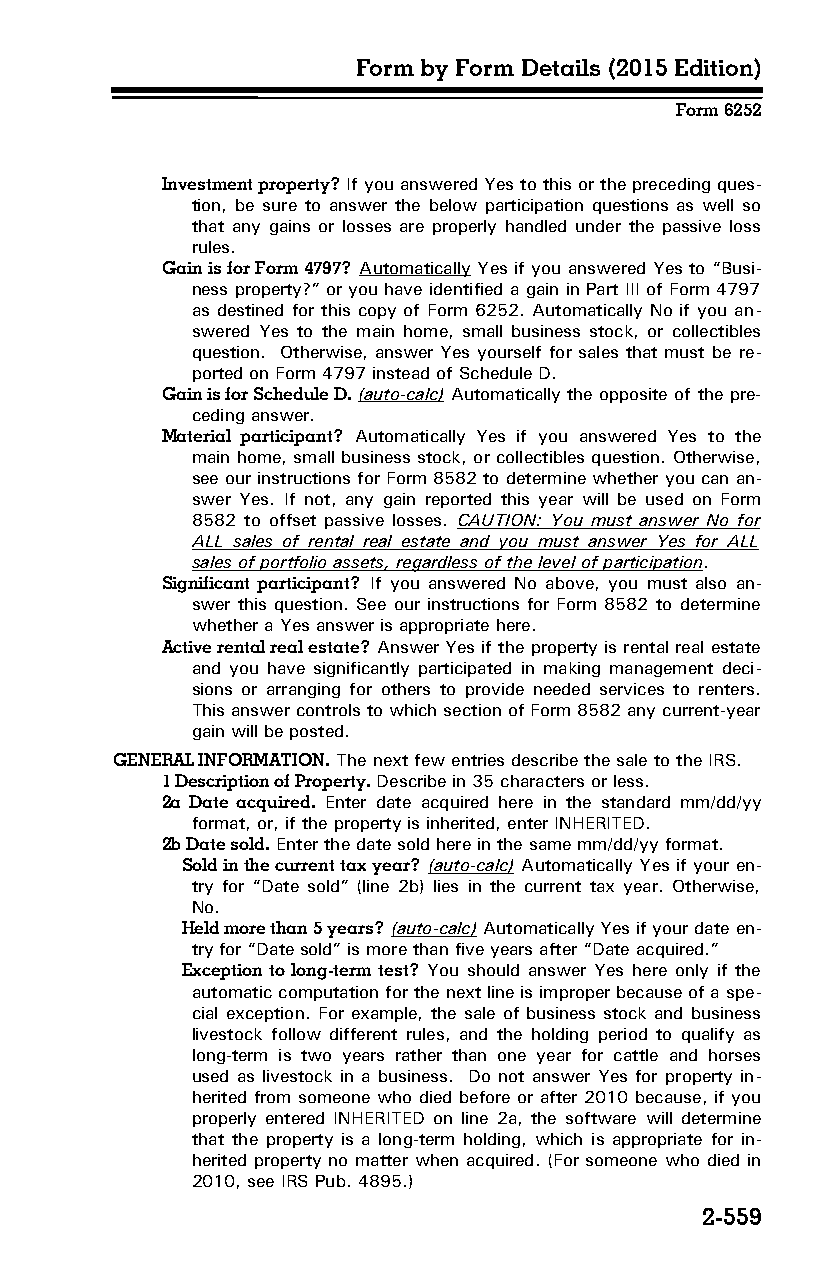
Form by Form Details (2015 Edition)
 Form 6252
 Investment property? If you answered Yes to this or the preceding ques­
 tion, be sure to answer the below participation questions as well so
 that any gains or losses are properly handled under the passive loss
 rules.
 Gain is for Form 4797? Automatically Yes if you answered Yes to “Busi­
 ness property?” or you have identified a gain in Part III of Form 4797
 as destined for this copy of Form 6252. Automatically No if you an­
 swered Yes to the main home, small business stock, or collectibles
 question. Otherwise, answer Yes yourself for sales that must be re­
 ported on Form 4797 instead of Schedule D.
 Gain is for Schedule D. (auto-calc) Automatically the opposite of the pre­
 ceding answer.
 Material participant? Automatically Yes if you answered Yes to the
 main home, small business stock, or collectibles question. Otherwise,
 see our instructions for Form 8582 to determine whether you can an­
 swer Yes. If not, any gain reported this year will be used on Form
 8582 to offset passive losses. CAUTION: You must answer No for
 ALL sales of rental real estate and you must answer Yes for ALL
 sales of portfolio assets, regardless of the level of participation.
 Significant participant? If you answered No above, you must also an­
 swer this question. See our instructions for Form 8582 to determine
 whether a Yes answer is appropriate here.
 Active rental real estate? Answer Yes if the property is rental real estate
 and you have significantly participated in making management deci­
 sions or arranging for others to provide needed services to renters.
 This answer controls to which section of Form 8582 any current-year
 gain will be posted.
 GENERAL INFORMATION. The next few entries describe the sale to the IRS.
 1 Description of Property. Describe in 35 characters or less.
 2a Date acquired. Enter date acquired here in the standard mm/dd/yy
 format, or, if the property is inherited, enter INHERITED.
 2b Date sold. Enter the date sold here in the same mm/dd/yy format.
 Sold in the current tax year? (auto-calc) Automatically Yes if your en­
 try for “Date sold” (line 2b) lies in the current tax year. Otherwise,
 No.
 Held more than 5 years? (auto-calc) Automatically Yes if your date en­
 try for “Date sold” is more than five years after “Date acquired.”
 Exception to long-term test? You should answer Yes here only if the
 automatic computation for the next line is improper because of a spe­
 cial exception. For example, the sale of business stock and business
 livestock follow different rules, and the holding period to qualify as
 long-term is two years rather than one year for cattle and horses
 used as livestock in a business. Do not answer Yes for property in­
 herited from someone who died before or after 2010 because, if you
 properly entered INHERITED on line 2a, the software will determine
 that the property is a long-term holding, which is appropriate for in­
 herited property no matter when acquired. (For someone who died in
 2010, see IRS Pub. 4895.)
 2-559